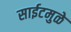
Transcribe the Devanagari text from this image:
साईटमुळे